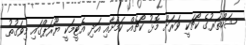
ޝަހްތަރުގެ ކޯޗަކީ ވަރަށް މޮޅު ކޯޗެއް ކަމަށާއި އަދި އެޓީމަކީ ޔޫރަޕްގައި މިވަގުތު